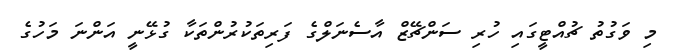
މި ވަގުތު ޗުއްޓީގައި ހުރި ސަންޗޭޒް އާސެނަލްގެ ފަރިތަކުރުންތަކާ ގުޅޭނީ އަންނަ މަހުގެ